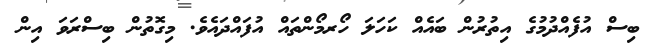
ބިސް އުފެއްދުމުގެ އިތުރުން ބައެއް ކަހަލަ ހޯރމޯންތައް އުފައްދައެވެ. މިގޮތުން ބިސްރަވަ އިން